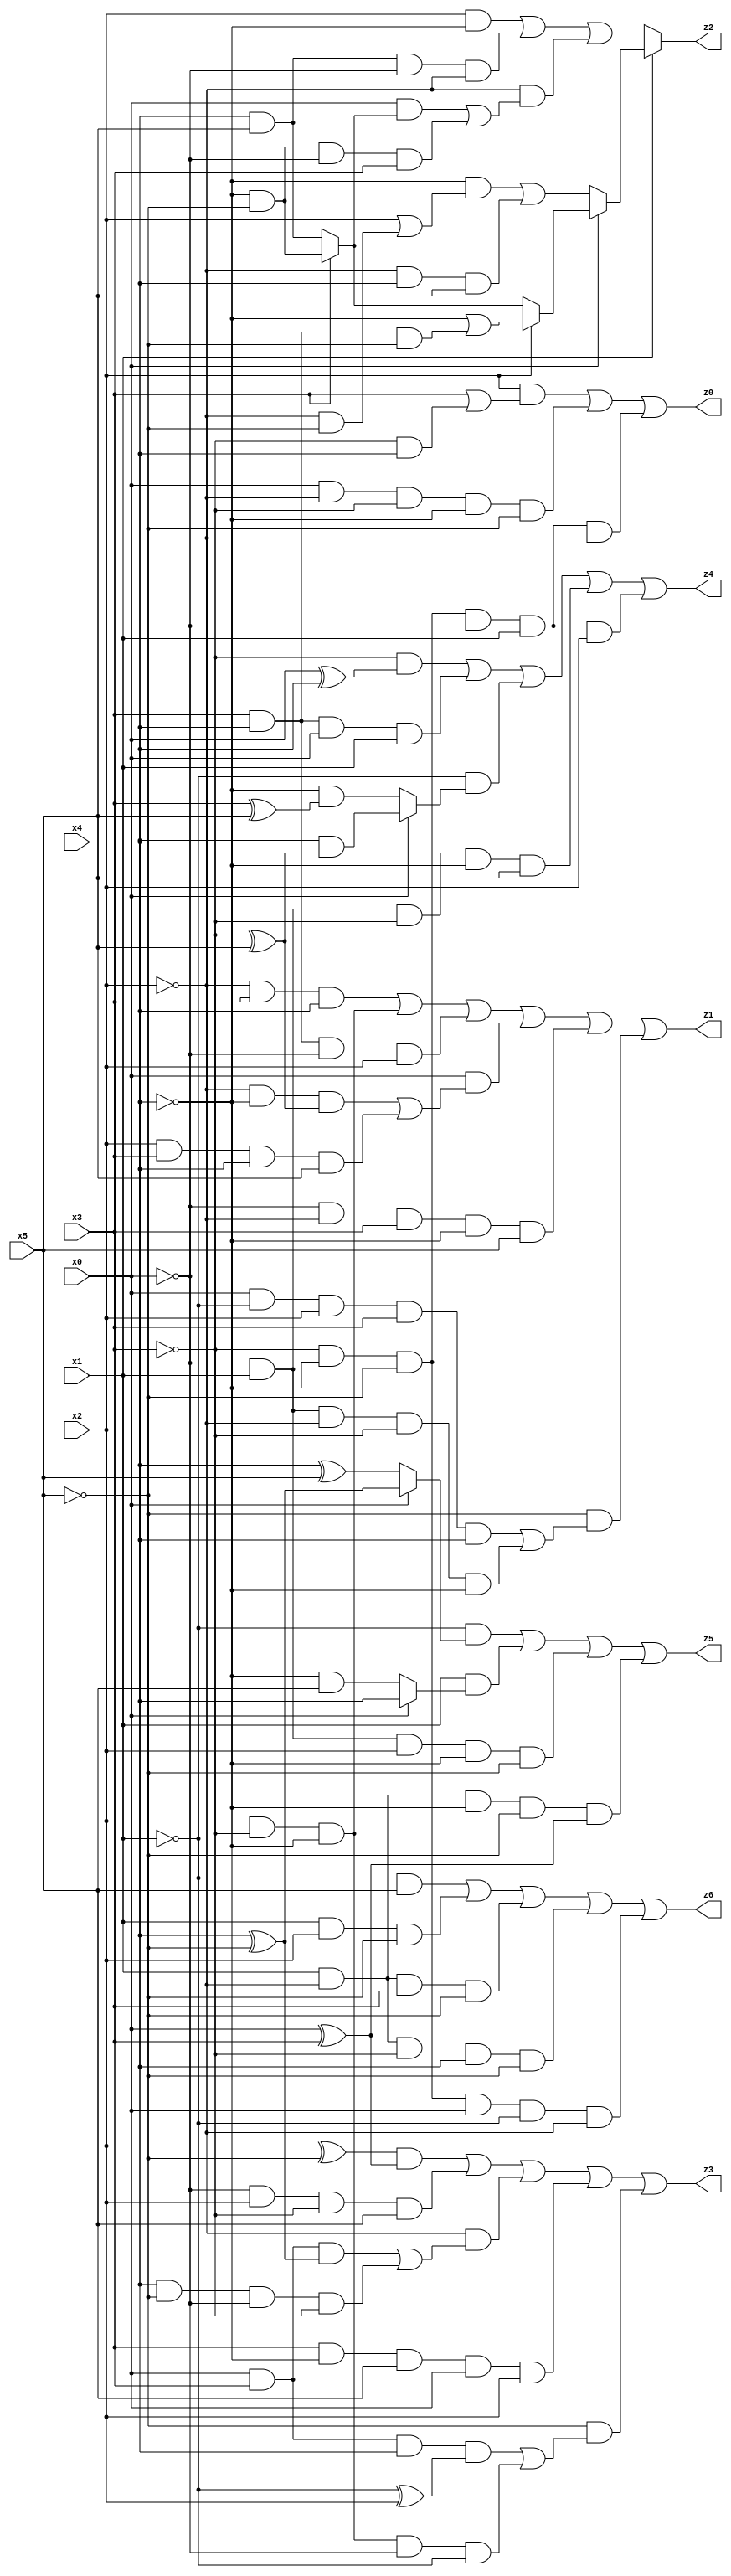
// Benchmark "X_12" written by ABC on Wed Jun 07 17:29:42 2023

module X_68 ( 
    x0, x1, x2, x3, x4, x5,
    z0, z1, z2, z3, z4, z5, z6  );
  input  x0, x1, x2, x3, x4, x5;
  output z0, z1, z2, z3, z4, z5, z6;
  assign z0 = (x2 & (x3 | (~x3 & x4))) | (x0 & ~x2 & ~x3 & ~x4 & ~x5) | (~x3 & ~x4 & ~x5 & ~x0 & x1 & ~x2);
  assign z1 = (~x2 & x3 & x4) | (x2 & ~x3 & ~x4) | (x3 & x4 & ~x0 & x2) | (x0 & ((~x2 & ~x4 & (~x3 ^ x5)) | (x2 & x3 & x4 & x5))) | (~x0 & ~x2 & x3 & ~x4 & x5) | (~x5 & ((x0 & ~x1 & x2 & x3 & x4) | (~x0 & x1 & ~x2 & ~x3 & ~x4)));
  assign z2 = x1 ? (x0 ? (x2 ? (~x4 | (x3 & x4 & ~x5)) : (x3 ? (~x4 & ~x5) : (x4 & x5))) : ((~x4 & (x2 | (~x2 & ~x5))) | (~x2 & x4 & x5))) : ((x2 & ~x4) | (x4 & x5 & ~x0 & ~x2) | (~x2 & ((x0 & (x3 ? (~x4 & ~x5) : (x4 & x5))) | (~x4 & ~x5 & ~x0 & x3))));
  assign z3 = ((x2 ^ ~x5) & (x0 ^ x3)) | (~x0 & x2 & ~x3 & x5) | (~x2 & ((x0 & x3 & (x4 ^ ~x5)) | (x4 & ~x5 & ~x0 & ~x3))) | (x3 & ~x4 & x5 & x0 & x2) | (~x5 & ((x0 & x3 & x4 & (~x1 ^ x2)) | (x2 & ~x3 & ~x4 & ~x0 & ~x1)));
  assign z4 = (~x3 & (x0 ^ x4)) | (x3 & x4 & x0 & x1) | (~x1 & (x0 ? (x4 & (~x3 ^ x5)) : (~x4 & (x3 ^ x5)))) | (~x0 & x1 & ~x3 & ~x4 & x5) | (~x3 & ~x4 & ~x5 & ~x0 & x1 & x2);
  assign z5 = (~x1 & (x0 ? (x4 ^ ~x5) : (x4 ^ x5))) | (x1 & (x0 ? x4 : (~x4 & x5))) | (~x0 & x1 & x2 & ~x4 & ~x5) | (x1 & ~x2 & ~x4 & ~x5 & (x0 ^ x3));
  assign z6 = (~x1 & x5) | (x1 & x2 & ~x5) | (x1 & ~x2 & x3 & ~x5) | (x1 & ~x2 & ~x3 & x4 & ~x5) | (~x3 & ~x4 & ~x5 & x0 & ~x1 & ~x2);
endmodule